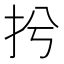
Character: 𢪆